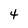
Character: 4